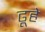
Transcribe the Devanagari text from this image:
ढूहे